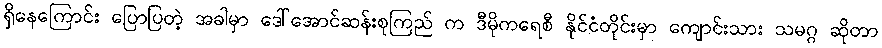
ရှိနေကြောင်း ပြောပြတဲ့ အခါမှာ ဒေါ်အောင်ဆန်းစုကြည် က ဒီမိုကရေစီ နိုင်ငံတိုင်းမှာ ကျောင်းသား သမဂ္ဂ ဆိုတာ